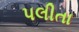
પલીતા